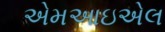
એમઆઇએલ